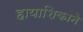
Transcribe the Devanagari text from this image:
हायाशिकाने